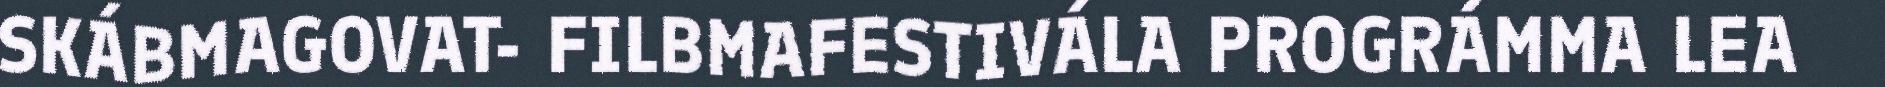
SKÁBMAGOVAT- FILBMAFESTIVÁLA PROGRÁMMA LEA